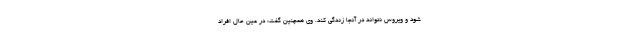
شود و ویروس نتواند در آنجا زندگی کند. وی همچنین گفت: در عین حال افراد